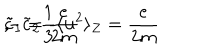
\tilde { c } _ { 1 } = \frac { e } { 2 m } \hspace { . 4 i n } , \hspace { . 4 i n } - \tilde { c } _ { 2 } \frac { 1 } { 3 } \langle { \bf { u } } ^ { 2 } \rangle _ { Z } = \frac { e } { 2 m } \hspace { . 4 i n } .